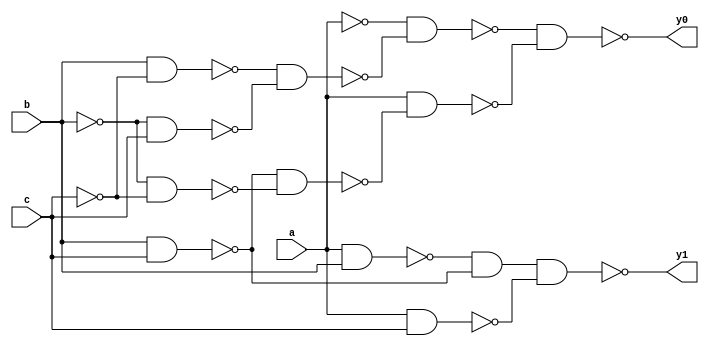
`timescale 1ns/1ns
module GateLevelOneCounter(input a, b, c, output y0, y1);
	wire w1, w2, w3, w4, w5, w6, w7, w8;

	nand #5 (w1, b, c);
	nand #5 (w2, ~b, ~c);
	nand #5 (w3, w1, w2);
	nand #5 (w4, a, w3);

	nand #5 (w5, b, ~c);
	nand #5 (w6, ~b, c);
	nand #5 (w7, w5, w6);
	nand #5 (w8, ~a, w7);

	nand #5 (y0, w8, w4);

	wire w9, w10, w11;

	nand #5 (w9, a, b);
	nand #5 (w10, b, c);
	nand #5 (w11, a, c);

	nand #10 (y1, w9, w10, w11);
endmodule